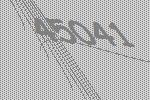
45041